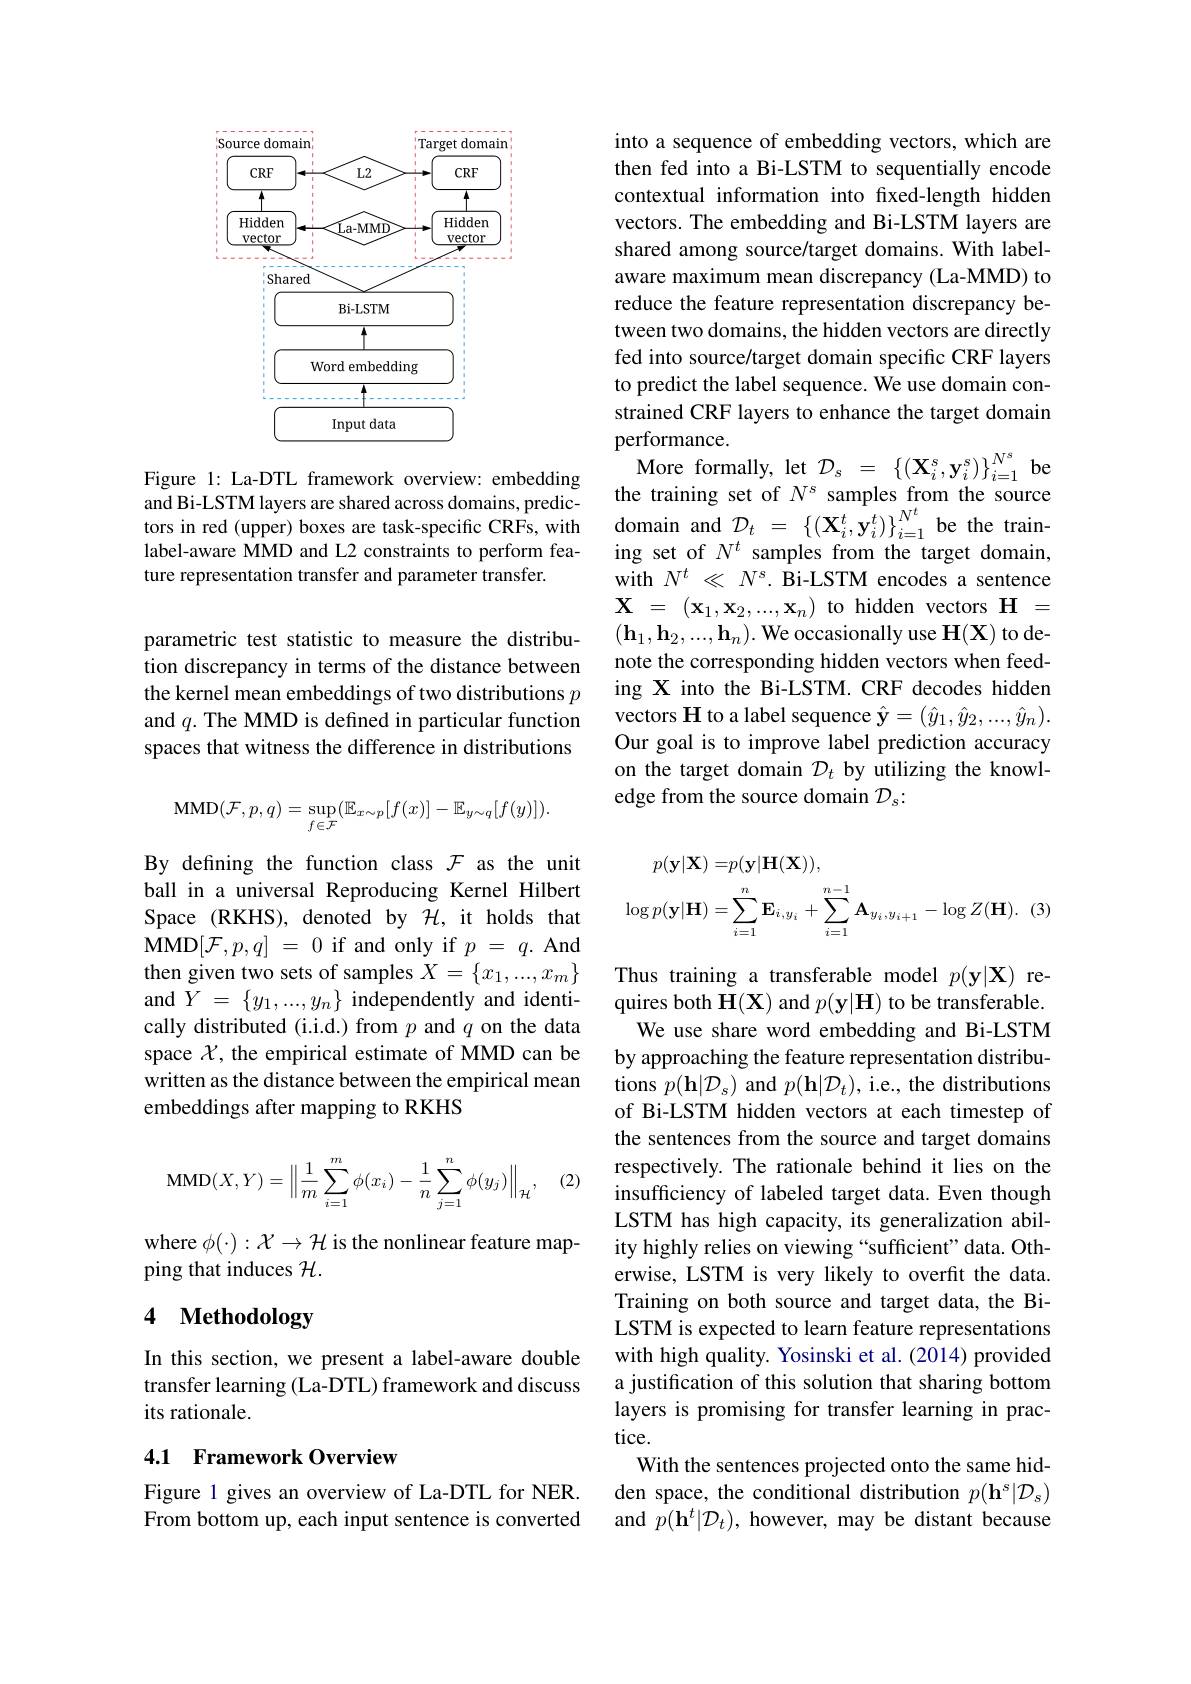
<FigureHere>

Figure 1: La-DTL framework overview: embedding and Bi-LSTM layers are shared across domains, predicture representation transfer and parameter transfer.

parametric test statistic to measure the distribution discrepancy in terms of the distance between the kernel mean embeddings of two distributions $p$ and $q.$ The MMD is defined in particular function spaces that witness the difference in distributions
$$\mathrm{MMD}(\mathcal{F},p,q)=\sup_{f\in\mathcal{F}}(\mathbb{E}_{x\sim p}[f(x)]-\mathbb{E}_{y\sim q}[f(y)]).$$
By defining the function class $\mathcal{F}$ as the unit ball in a universal Reproducing Kernel Hilbert Space (RKHS), denoted by $\bar{\mathcal{H}}$,it holds that $\mathbf{MMD}[ \mathcal{F} , p, q]$ = 0 if and only if $p$ = $q.$ And then given two sets of samples $X=\{x_1,...,x_m\}$ and $Y=\{y_1,...,y_n\}$ independently and identically distributed (i.i.d.) from $p$ and $q$ on the data space $\mathcal{X}$, the empirical estimate of MMD can be written as the distance between the empirical mean embeddings after mapping to RKHS

(2)
$$\mathrm{MMD}(X,Y)=\left\|\frac{1}{m}\sum_{i=1}^{m}\phi(x_{i})-\frac{1}{n}\sum_{j=1}^{n}\phi(y_{j})\right\|_{\mathcal{H}},$$
where $\phi(\cdot):\mathcal{X}\to\mathcal{H}$ is the nonlinear feature map-
ping that induces $\mathcal{H}.$

# 4 Methodology

In this section, we present a label-aware double transfer learning (La-DTL) framework and discuss its rationale.

### 4.1 Framework Overview

Figure 1 gives an overview of La-DTL for NER. From bottom up, each input sentence is converted

into a sequence of embedding vectors, which are then fed into a Bi-LSTM to sequentially encode contextual information into fixed-length hidden vectors. The embedding and Bi-LSTM layers are shared among source/target domains. With labelaware maximum mean discrepancy (La-MMD) to reduce the feature representation discrepancy between two domains, the hidden vectors are directly fed into source/target domain specific CRF layers to predict the label sequence. We use domain constrained CRF layers to enhance the target domain performance.
$\operatorname { \mathrm{More~formally, ~let~}} \mathcal{D} _{s}$ = $\left \{ ( \mathbf{X} _{i}^{s}, \mathbf{y} _{i}^{s}) \right \} _{i= 1}^{N^{s}}$ be the training set of $N^s$ samples from the source
alu Br- s11wlayels ale silaled acloss donlalns, pledic- tors in red ( upper) boxes are task- specific CRFs, with domain and$\mathcal{D} _{t}= \left \{ ( \mathbf{X} _{i}^{t}, \mathbf{y} _{i}^{t}) \right \} _{i= 1}^{N^{t}}$ be the train- label- aware MMD and L2 constraints to perform fea- in
with $N^t\ll N^s.$ Bi-LSTM encodes a sentence $\mathbf{X}$ = $( \mathbf{x} _1, \mathbf{x} _2, . . . , \mathbf{x} _n)$ to hidden vectors $\mathbf{H}$ = $(\mathbf{h}_{1},\mathbf{h}_{2},...,\mathbf{h}_{n}).$ We occasionally use H(X) to denote the corresponding hidden vectors when feeding X into the Bi-LSTM. CRF decodes hidden vectors H to a label sequence $\hat{\mathbf{y}}=(\hat{y}_1,\hat{y}_2,...,\hat{y}_n).$ Our goal is to improve label prediction accuracy on the target domain $D_t$ by utilizing the knowledge from the source domain $\mathcal{D}_s:$
$$\begin{aligned}p(\mathbf{y}|\mathbf{X})=&p(\mathbf{y}|\mathbf{H}(\mathbf{X})),\\\log p(\mathbf{y}|\mathbf{H})=&\sum_{i=1}^{n}\mathbf{E}_{i,y_{i}}+\sum_{i=1}^{n-1}\mathbf{A}_{y_{i},y_{i+1}}-\log Z(\mathbf{H}).\:(3)\end{aligned}$$
Thus training a transferable model $p(\mathbf{y}|\mathbf{X})$ requires both $\mathbf{H}(\mathbf{X})$ and $p(\mathbf{y}|\mathbf{H})$ to be transferable. We use share word embedding and Bi-LSTM
by approaching the feature representation distributions $p(\mathbf{h}|\mathcal{D}_s)$ and $p(\mathbf{h}|\mathcal{D}_t)$, i.e., the distributions of Bi-LSTM hidden vectors at each timestep of the sentences from the source and target domains respectively. The rationale behind it lies on the insufficiency of labeled target data. Even though LSTM has high capacity, its generalization ability highly relies on viewing “sufficient”data. Otherwise, LSTM is very likely to overfit the data. Training on both source and target data, the BiLSTM is expected to learn feature representations with high quality. Yosinski et al. (2014) provided a justification of this solution that sharing bottom layers is promising for transfer learning in practice.
With the sentences projected onto the same hidden space, the conditional distribution $p(\mathbf{h}^s|\mathcal{D}_s)$ and $p(\mathbf{h}^t|\mathcal{D}_t)$, however, may be distant because